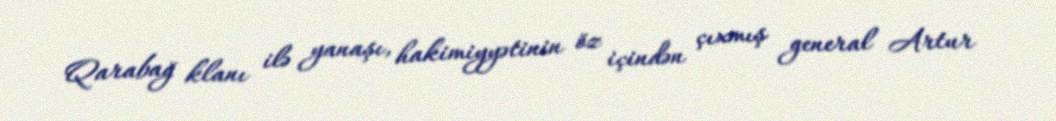
Qarabağ klanı ilə yanaşı, hakimiyyətinin öz içindən çıxmış general Artur